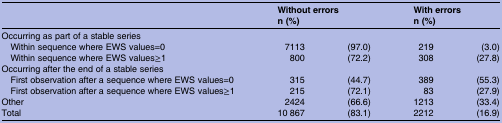
|  | <COLSPAN=2> Without errorsn (%) | <COLSPAN=2> With errorsn (%) |
 | --- | --- | --- | --- | --- |
 | <COLSPAN=5> Occurring as part of a stable series |
 | Within sequence where EWS values=0 | 7113 | (97.0) | 219 | (3.0) |
 | Within sequence where EWS values≥1 | 800 | (72.2) | 308 | (27.8) |
 | <COLSPAN=5> Occurring after the end of a stable series |
 | First observation after a sequence where EWS values=0 | 315 | (44.7) | 389 | (55.3) |
 | First observation after a sequence where EWS values≥1 | 215 | (72.1) | 83 | (27.9) |
 | Other | 2424 | (66.6) | 1213 | (33.4) |
 | Total | 10 867 | (83.1) | 2212 | (16.9) |